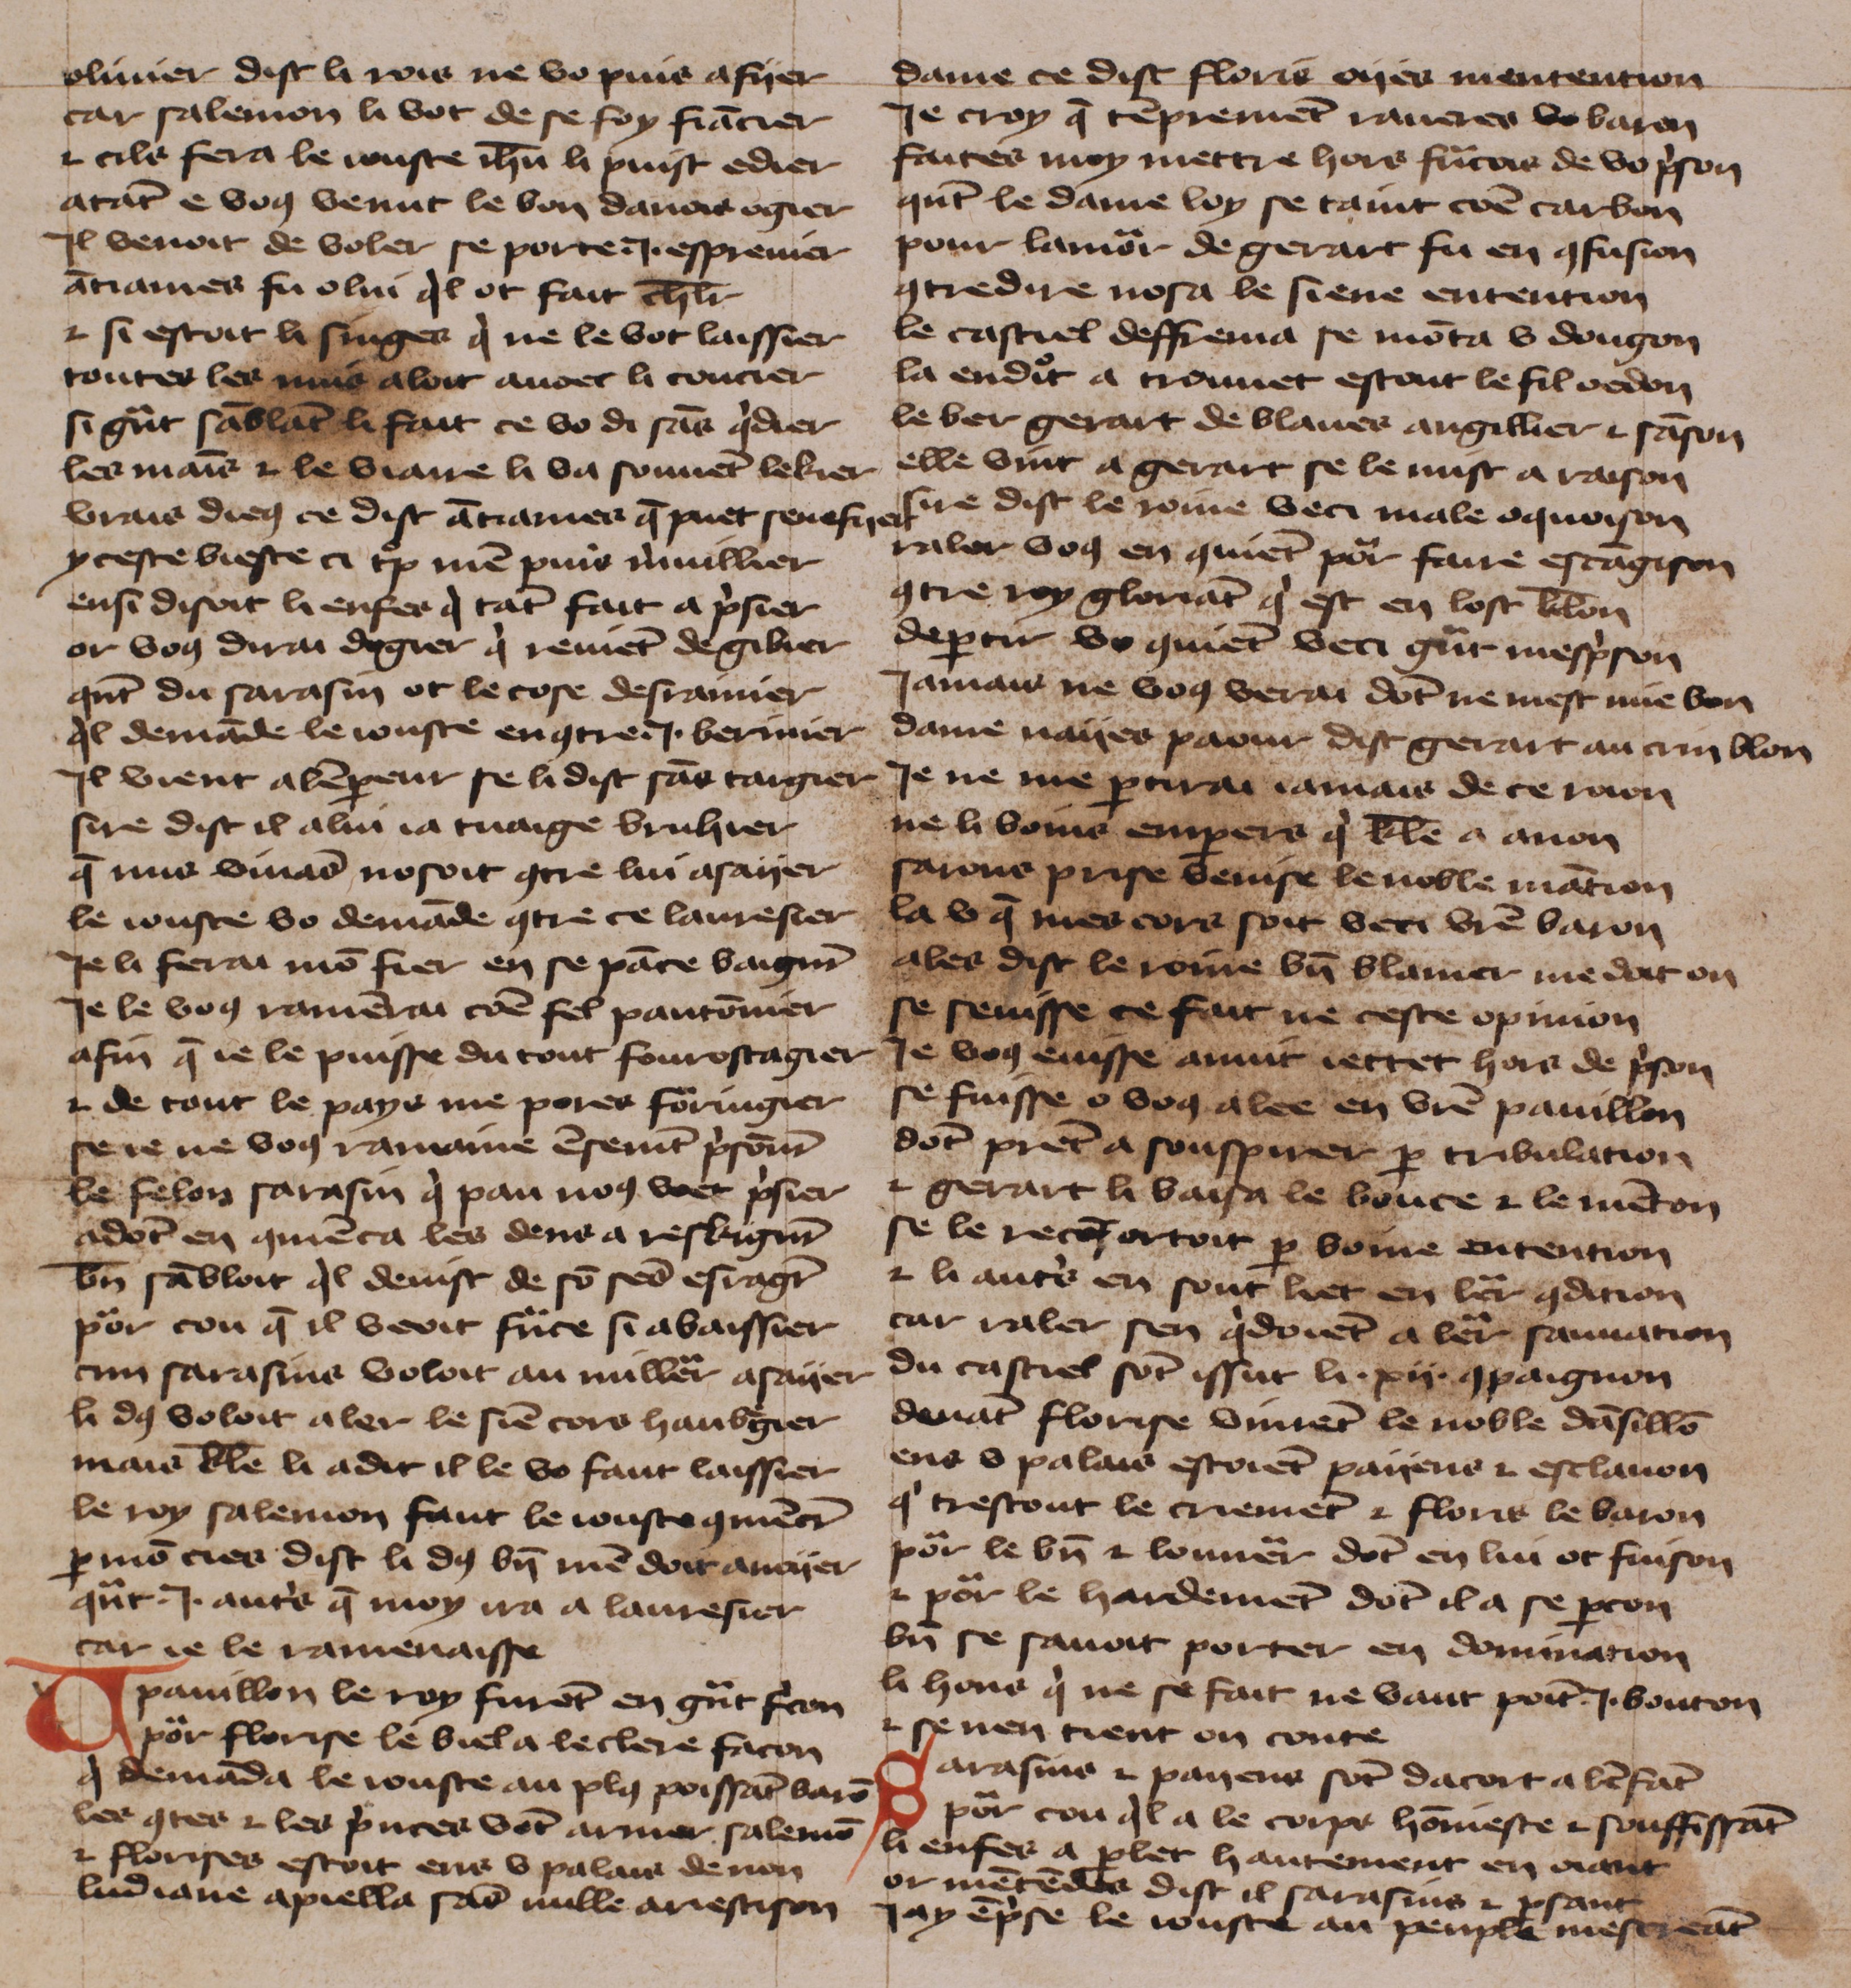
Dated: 1425–1425